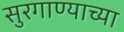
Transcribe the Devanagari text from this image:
सुरगाण्याच्या